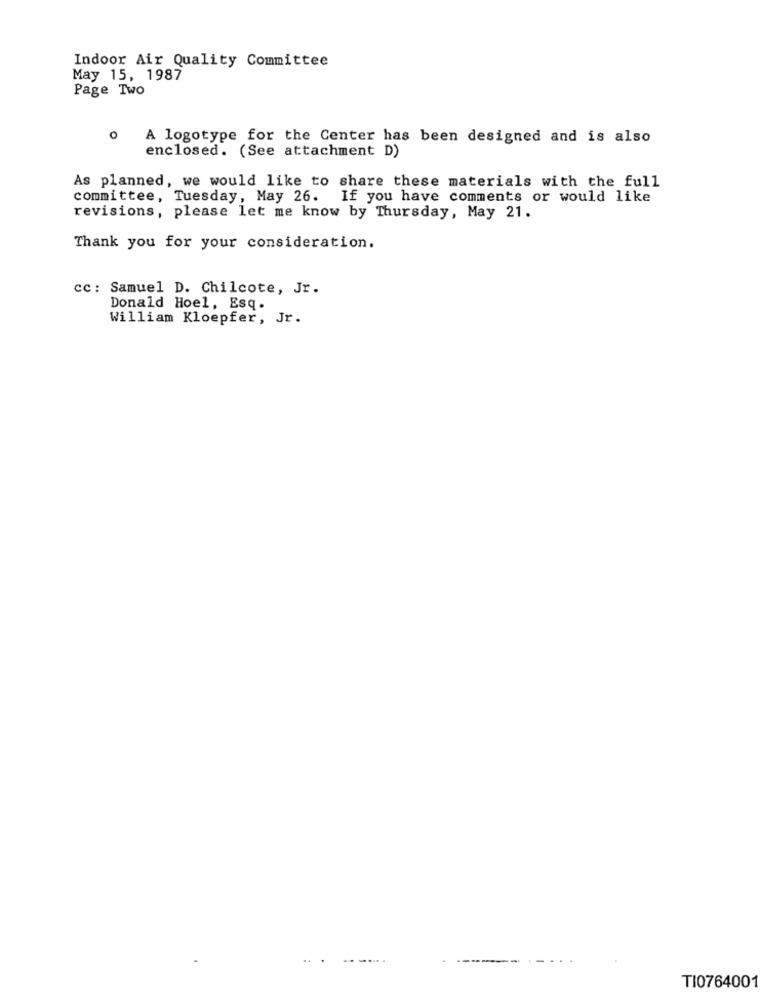
Indoor Air Quality Committee
May 15, 1987
Page Two
A logotype for the Center has been designed and is also
enclosed. (See attachment D)
As planned, we would like to share these materials with the full
committee, Tuesday, May 26. If you have comments or would like
revisions, please let me know by Thursday, May 21.
Thank you for your consideration.
cc: Samuel D. Chilcote, Jr.
Donald Hoel, Esq.
William Kloepfer, Jr.
TI0764001